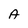
Character: A